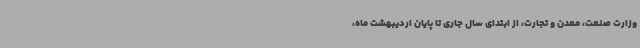
وزارت صنعت، معدن و تجارت، از ابتدای سال جاری تا پایان اردیبهشت ماه،